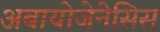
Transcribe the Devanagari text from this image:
अबायोजेनेसिस